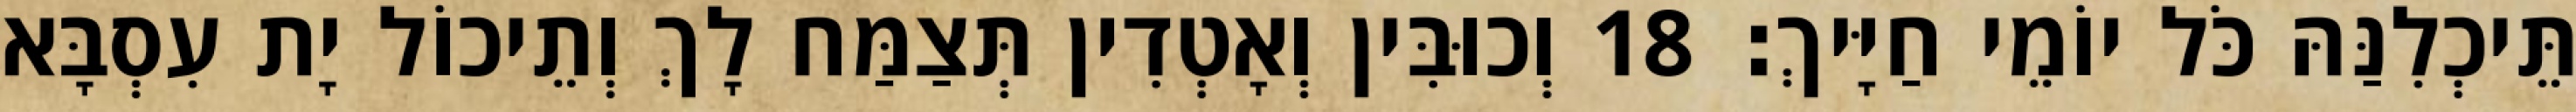
תֵּיכְלִנַּהּ כֹּל יוֹמֵי חַיָּיךְ׃ 18 וְכוּבִּין וְאָטְדִין תְּצַמַּח לָךְ וְתֵיכוֹל יָת עִסְבָּא